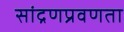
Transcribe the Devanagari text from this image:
सांद्रणप्रवणता